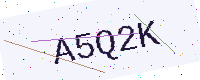
Text: A5Q2K